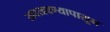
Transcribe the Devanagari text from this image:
खवखवण्यापासून